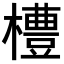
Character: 𪴊